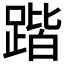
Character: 𲃱